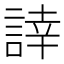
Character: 䛭